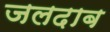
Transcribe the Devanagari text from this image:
जलदाब